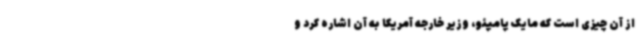
از آن چیزی است که مایک پامپئو، وزیر خارجه آمریکا به آن اشاره کرد و